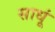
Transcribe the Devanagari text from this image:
साधूं